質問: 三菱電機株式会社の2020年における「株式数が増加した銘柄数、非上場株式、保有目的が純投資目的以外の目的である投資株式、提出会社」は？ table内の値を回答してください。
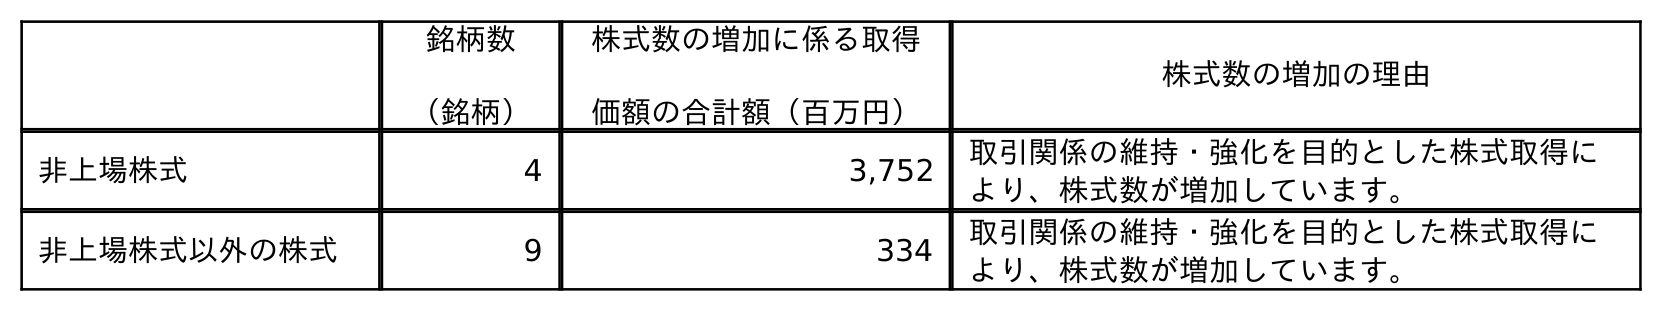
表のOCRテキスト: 銘柄数 （銘柄） 株式数の増加に係る取得 価額の合計額（百万円） 株式数の増加の理由 非上場株式 4 3,752 取引関係の維持・強化を目的とした株式取得に より、株式数が増加しています。 非上場株式以外の株式 9 334 取引関係の維持・強化を目的とした株式取得に より、株式数が増加しています。
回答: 4